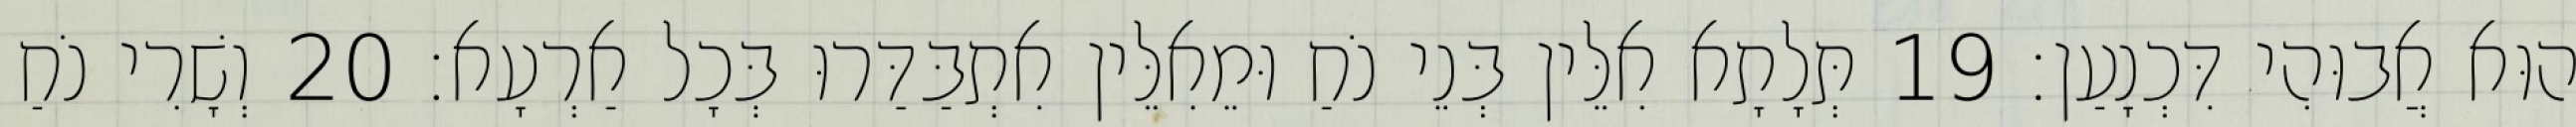
הוּא אֲבוּהִי דִּכְנָעַן׃ 19 תְּלָתָא אִלֵּין בְּנֵי נֹחַ וּמֵאִלֵּין אִתְבַּדַּרוּ בְּכָל אַרְעָא׃ 20 וְשָׁרִי נֹחַ